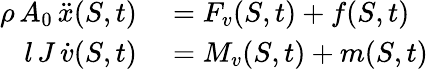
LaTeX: \begin{array}{rl}{\rho\, A_{0}\, \ddot{x}(S,t)}&{{}=F_{v}(S,t)+f(S,t)}\\ {l\, J\, \dot{v}(S,t)}&{{}=M_{v}(S,t)+m(S,t)}\end{array}